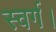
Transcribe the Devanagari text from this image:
स्वर्ग।